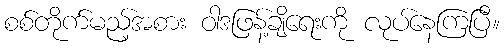
စစ်တိုက်မည့်အစား ဝါဒဖြန့်ချိရေးကို လုပ်နေကြပြီ။